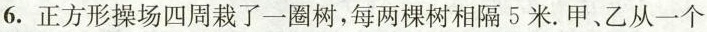
6. 正方形操场四周栽了一圈树，每两棵树相隔5米. 甲、乙从一个